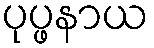
ပုပ္ဖနာယ